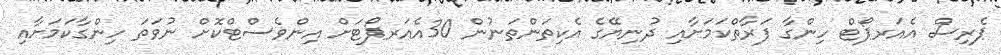
ޕެރިސް އެއަރޕޯޓް ހިންގާ ފަރާތްކަމަށާއި ދުނިޔޭގެ އެކިތަންތަނުން 30އެއަރޕޯޓަށް އިންވެސްޓްކޮށް ނުވަތަ ހިންގާކަމަށާއި